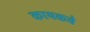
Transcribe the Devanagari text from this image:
कायकवे